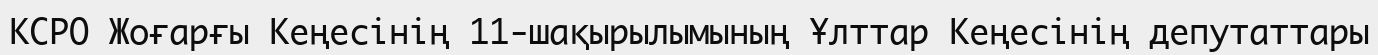
КСРО Жоғарғы Кеңесінің 11-шақырылымының Ұлттар Кеңесінің депутаттары